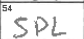
Transcription: SPL